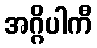
အဂ္ဂိပါကီ